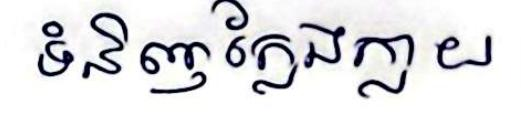
ទំនិញក្លែងក្លាយ